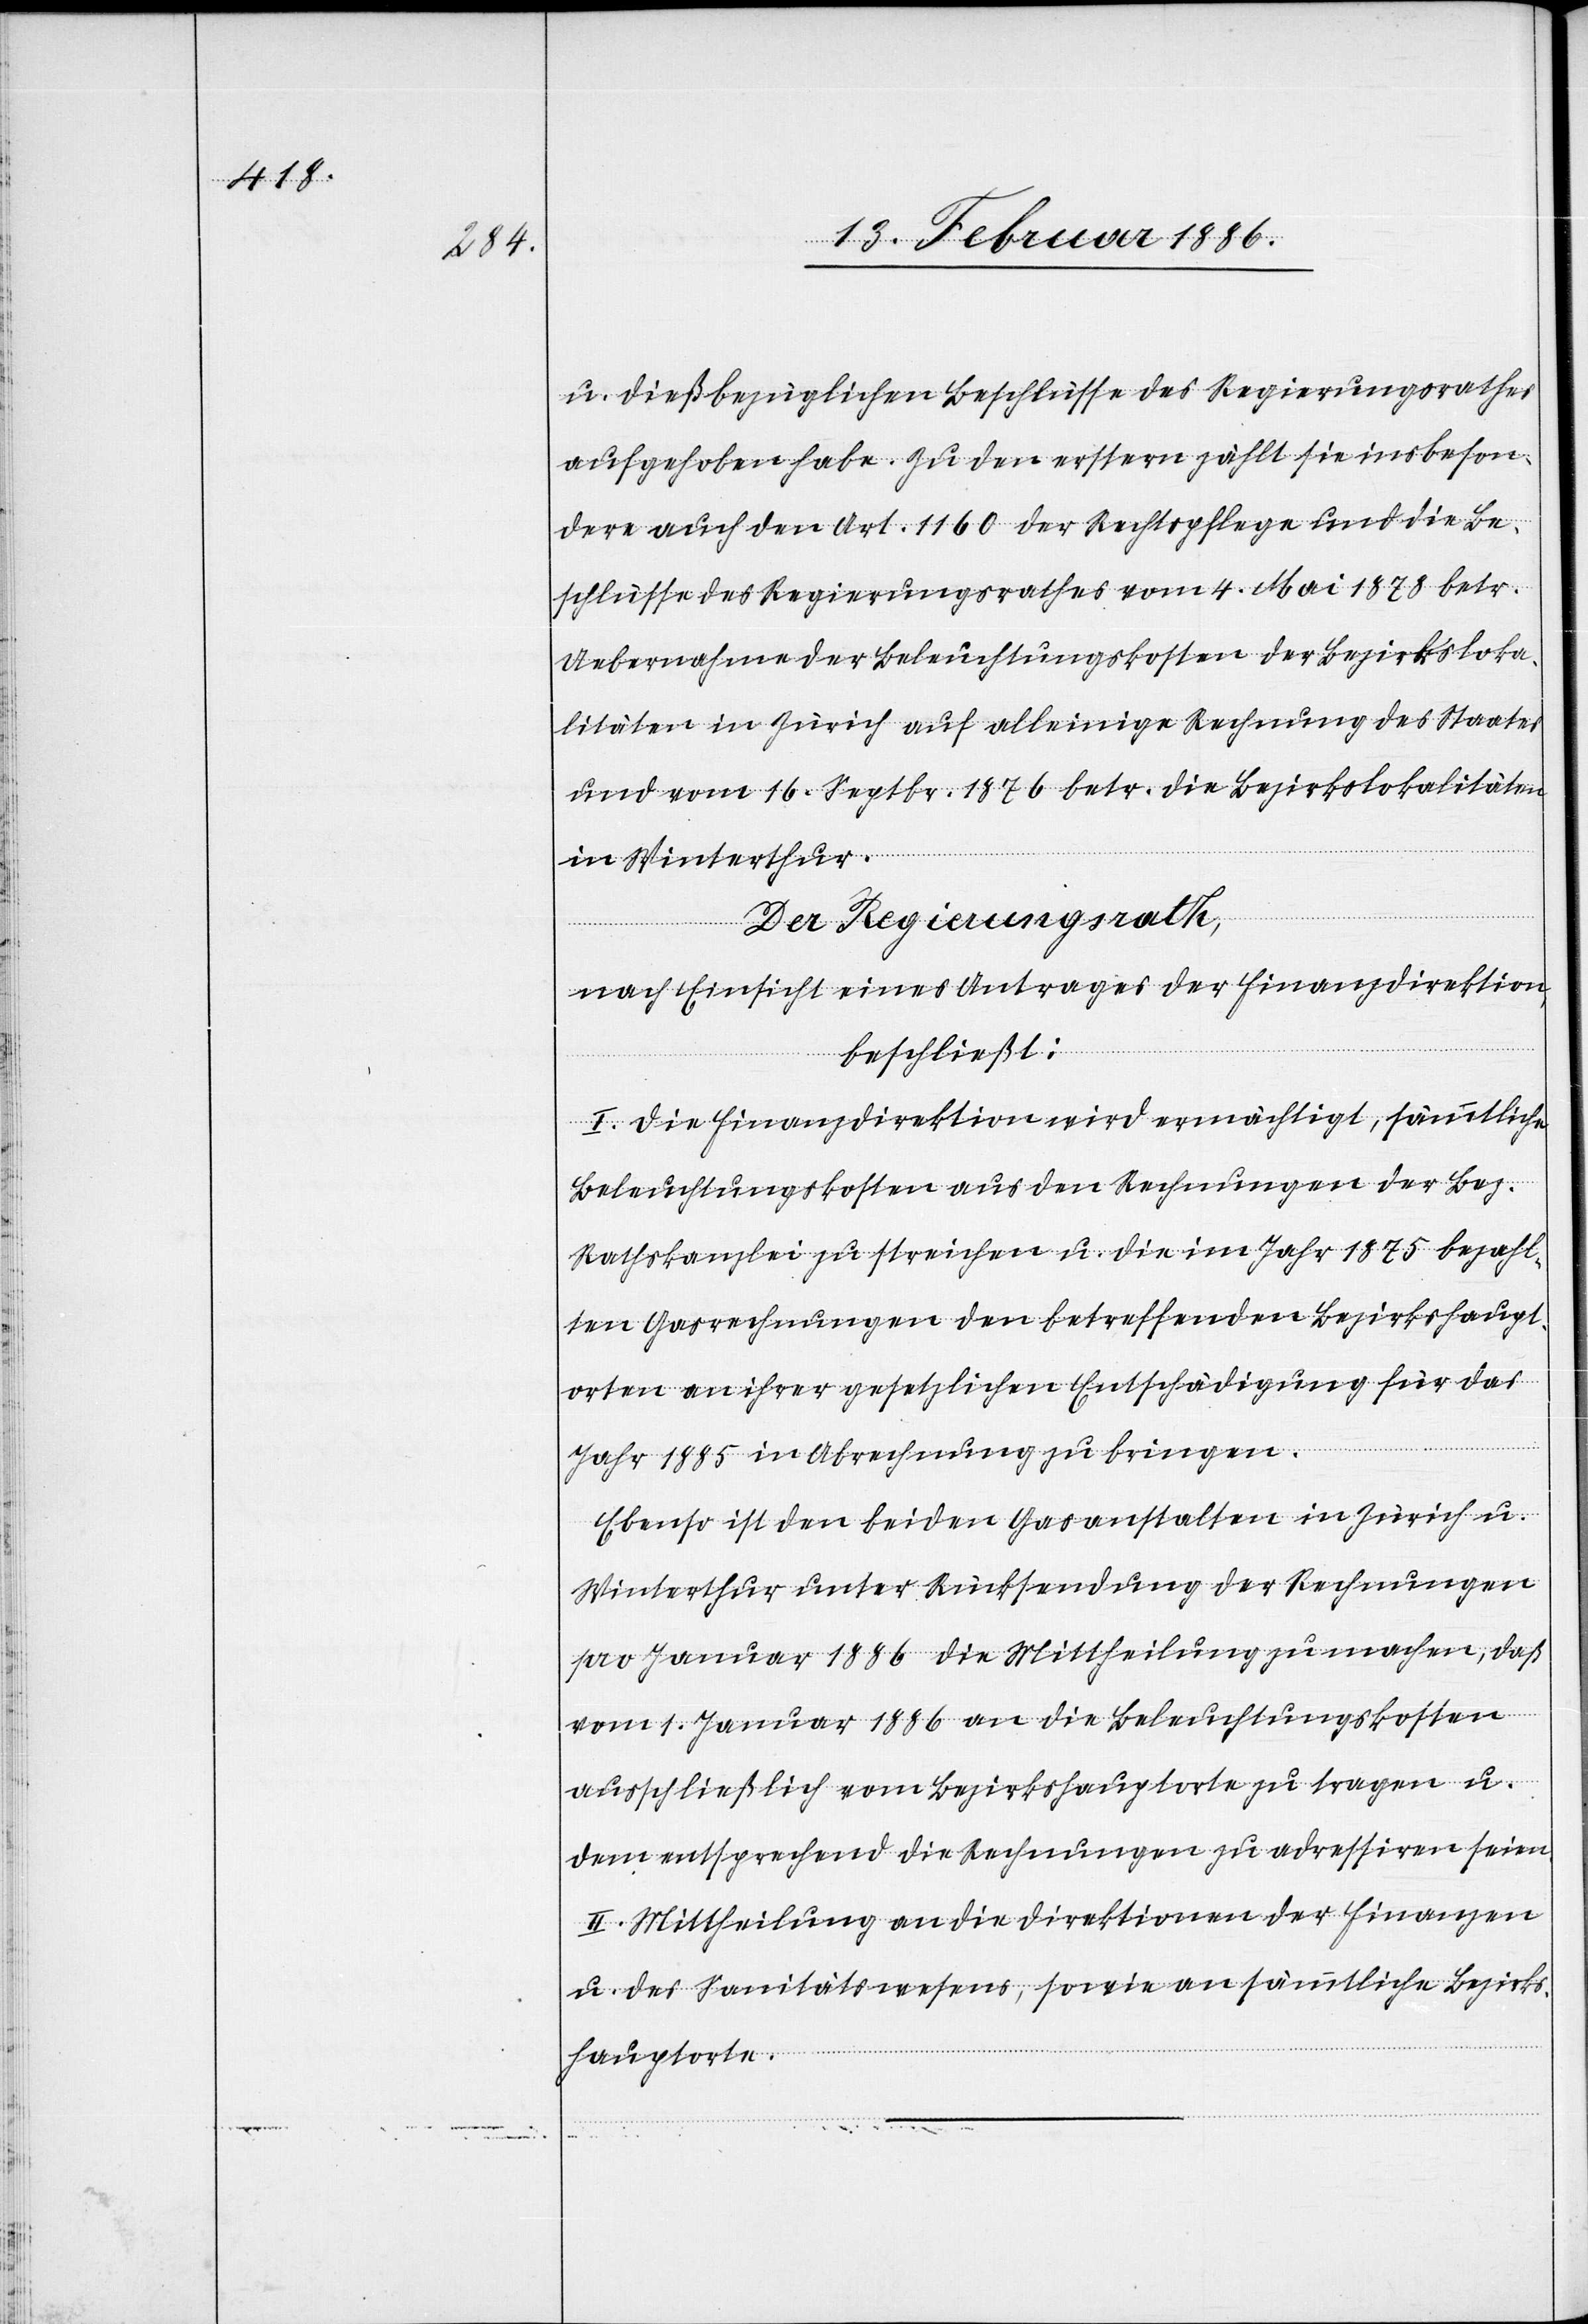
u. dießbezüglichen Beschlüsse des Regierungsrathes
aufgehoben habe. Zu den erstern zählt sie insbeson¬
dere auch den Art. 1160 der Rechtspflege und die Be¬
schlüsse des Regierungsrathes vom 4. Mai 1878 betr.
Uebernahme der Beleuchtungskosten der Bezirksloka¬
litäten in Zürich auf alleinige Rechnung des Staates
und vom 16. Septbr. 1876 betr. die Bezirkslokalitäten
in Winterthur.
Der Regierungsrath,
nach Einsicht eines Antrages der Finanzdirektion,
beschließt:
I. Die Finanzdirektion wird ermächtigt, sämmtliche
Beleuchtungskosten aus den Rechnungen der Bez.
Rathskanzlei zu streichen u. die im Jahr 1875 bezahl¬
ten Gasrechnungen den betreffenden Bezirkshaupt¬
orten an ihrer gesetzlichen Entschädigung für das
Jahr 1885 in Abrechnung zu bringen.
Ebenso ist den beiden Gasanstalten in Zürich u.
Winterthur unter Rücksendung der Rechnungen
pro Januar 1886 die Mittheilungen zu machen, daß
vom 1. Januar 1886 an die Beleuchtungskosten
ausschließlich vom Bezirkshauptorte zu tragen u.
dem entsprechend die Rechnungen zu adressiren seien.
II. Mittheilung an die Direktionen der Finanzen
u. des Sanitätswesens, sowie an sämmtliche Bezirks¬
hauptorte.